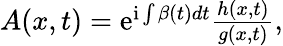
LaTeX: \begin{array}{r}{A(x,t)=\mathrm{{e}}^{\mathrm{{i}}\int\beta(t)dt}\frac{h(x,t)}{g(x,t)},}\end{array}